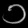
Digit: ၁